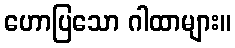
ဟောပြသော ဂါထာများ။